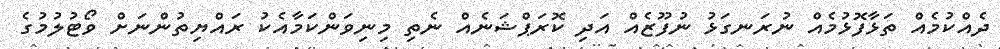
ދެއްކުމެއް ތަޅާފޮޅުމެއް ނުރަނގަޅު ނުފޫޒެއް އަދި ކޮރަޕްޝަނެއް ނެތި މިނިވަންކަމާއެކު ރައްޔިތުންނަށް ވޯޓުލުމުގެ